Report on horse surra - Volume I
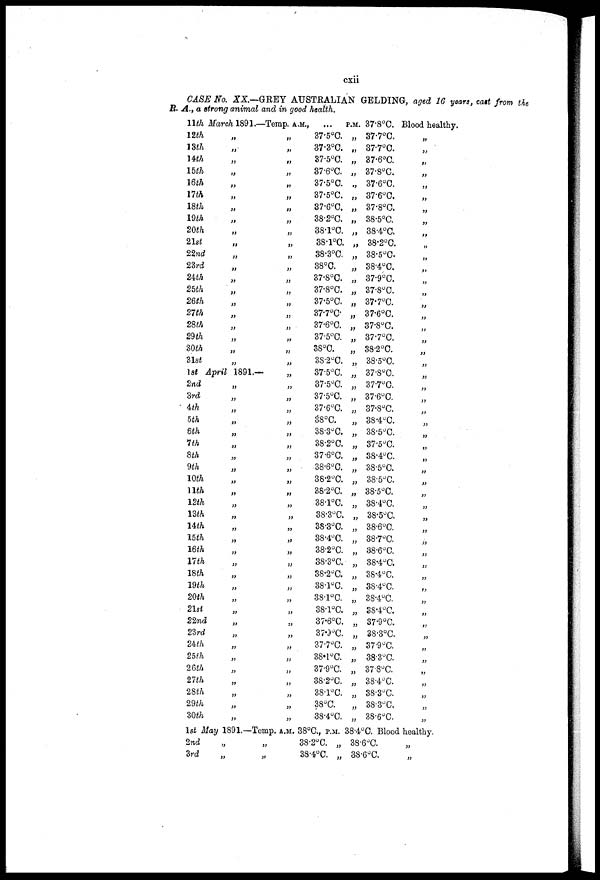
cxii
CASE No. XX—GREY AUSTRALIAN GELDING, aged 16 years, cart from the
JR. A., a strong animal and in good health.
11th March 1891.—Temp, A.M., ... P.M. 37.8°C. Blood healthy.
12th
13th
14th
15th
16th
17 th
18th
19th
20th
21st
22nd
23rd
2th
25th
26th
27th
28th
29 th
30th
31st
„
„
„
„
„
„
„
„
„
„
„
„
„
„
„
„
„
„
„
„
1st April 1891.—
2nd
3rd
4th
5th
6th
1th
8th
9th
10th
nth
12th
13th
nth
15th
16th
17th
18th
19th
20th
21st
22nd
2'drd
2th
25th
26th
27th
28th
29th
30th
1st May
2nd
3rd
„
„
„
„
„
„
„
„
„
„
„
„
„
„
„
„
„
„
„
„
„
„
„
„
„
„
„
„
„
1891.—Temp.
„ „
„ „
„
„
„
„
„
„
„
„
„
„
„
„
„
„
„
„
„
„
„
„
„
„
„
„
„
„
„
„
„
„
„
„
„
„
„
„
„
„
„
„
„
„
„
„
„
„
„
„
„
„
A.M.
37.5°C.
37.3°C.
37.5°C.
37.6°C.
37.5°C.
37.5°C.
37.6°C.
38.2°C.
38.l°C.
38.l°C.
38.3°C.
38.°C.
378.°C.
37.8°C.
37.5°C.
37.7°C
37.6°C.
37.5°C.
38°C
38.2°C.
37.5°C.
37.5°C.
37.5°C.
37.6°C.
38°C.
38.3°C.
38.2°C.
37.6°C.
38.6°C.
38.2°C.
38.2°C.
38.l°C.
38.3°C.
38.3°C.
38.4°C.
38.2°C.
38.3°C.
38.2°C.
38.l°C.
38.l°C.
38.l°C.
37.6°C.
379°C.
37.7°C.
38.1°C.
37.9°C.
38.2°C.
38.l°C.
38°C.
38.4°C.
38°C., P.M.
38.2°C. „
38.4°C. „
„
„
„
„
„
„
„
„
„
„
„
„
„
„
„
„
„
„
„
„
„
„
„
„
„
„
„
„
„
„
„
„
„
„
„
„
„
„
„
„
„
„
„
„
„
„
„
„
„
„
37.7°C.
37.7°C.
37.6°C.
37.8°C.
37.6°C.
37.6°C.
37.8°C.
38.5°C.
38.4°C
38.2°C.
38.5°C.
38.4°C.
37.9°C.
37.8°C.
37.7°C.
37.6°C.
37.8°C.
37.7°C.
38.2°C.
38.5°C.
37.8°C.
37.7°C.
37.6°C.
37.8°C.
38.4°C.
38.5°C.
37.5°C.
38.4°C.
38.5°C.
38.5°C.
38.5°C.
38.4°C.
38.5°C.
38.6°C.
38.7°C.
38.6°C.
38.4°C.
38.4°C.
38.4°C.
38.4°C.
38.4°C
37.9°C.
38.3°C
37.9°C.
38.3°C.
37.8°C.
38.4°C.
38.3°C.
38.3°C.
38.6°C.
38.4°C. Blood
38.6°C.
38.6°C.
„
„
„
„
„
„
„
„
„
„
„
„
„
„
„
„
„
„
„
„
„
„
„
„
„
„
„
„
„
„
„
„
„
„
„
„
„
„
„
„
„
„
„
„
„
„
„
„
„
„
healthy.
„
„